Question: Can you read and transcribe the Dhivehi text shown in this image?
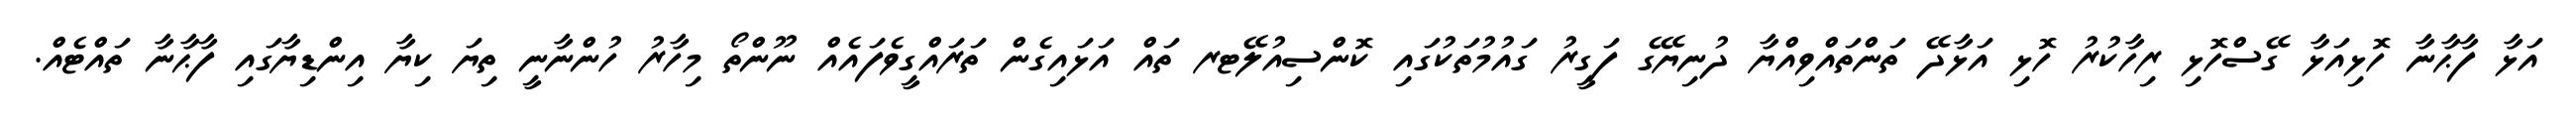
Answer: އަޅާ ފާޙާނާ ހޮޅިއަޅާ ގޭސްހޮޅި ރިހާކުރު ހޮޅި އަޅާދޭ ތަންތައްވިއްޔާ ދުނިޔޭގެ ފަގީރު ގައުމުތަކުގައި ކޮންސިއުލޭޓރ ތައް އަޅައިގެން ތަރައްގީވެފައެއް ނޫންތޯ މިހާރު ހުންނާނީ ތިޔަ ކިޔާ އިންޑިޔާގައި ފާޙާނާ ތައްޓެއް.